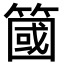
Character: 簂